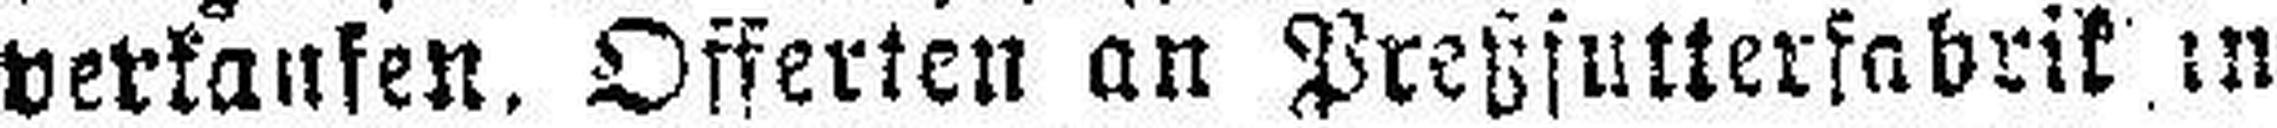
verkaufen. Offerten an Preßfutterfabrik in